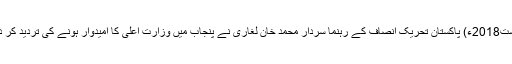
16 اگست2018ء) پاکستان تحریک انصاف کے رہنما سردار محمد خان لغاری نے پنجاب میں وزارتِ اعلیٰ کا امیدوار ہونے کی تردید کر دی ہے۔